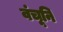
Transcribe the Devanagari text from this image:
वंचूनि